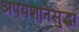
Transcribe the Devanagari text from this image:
अपयशानेसुद्धा